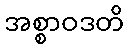
အစ္စာဝဒတိ